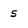
Character: 5